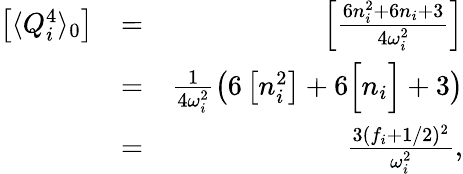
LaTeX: \begin{array}{rlr}{\left[\langle Q_{i}^{4}\rangle_{0}\right]}&{=}&{\left[\frac{6n_{i}^{2}+6n_{i}+3}{4\omega_{i}^{2}}\right]}\\ &{=}&{\frac{1}{4\omega_{i}^{2}}\left(6\left[n_{i}^{2}\right]+6\Big[n_{i}\Big]+3\right)}\\ &{=}&{\frac{3(f_{i}+1/2)^{2}}{\omega_{i}^{2}},}\end{array}